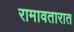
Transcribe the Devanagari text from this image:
रामावतारात